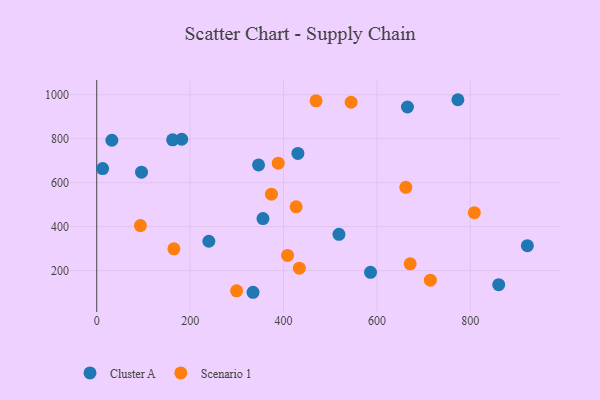
{"axis": {"x": "Distance", "y": "Exam Score"}, "legend": ["Cluster A", "Scenario 1"], "data": [{"x": "860.8", "y": 136.1, "type": "Cluster A"}, {"x": "773.4", "y": 977.4, "type": "Cluster A"}, {"x": "240.1", "y": 333.7, "type": "Cluster A"}, {"x": "665.4", "y": 944.2, "type": "Cluster A"}, {"x": "346.5", "y": 680.9, "type": "Cluster A"}, {"x": "32.4", "y": 793.0, "type": "Cluster A"}, {"x": "518.7", "y": 365.2, "type": "Cluster A"}, {"x": "430.8", "y": 733.3, "type": "Cluster A"}, {"x": "12.6", "y": 664.1, "type": "Cluster A"}, {"x": "586.3", "y": 192.5, "type": "Cluster A"}, {"x": "356.0", "y": 436.7, "type": "Cluster A"}, {"x": "182.0", "y": 797.7, "type": "Cluster A"}, {"x": "162.5", "y": 795.2, "type": "Cluster A"}, {"x": "922.2", "y": 313.7, "type": "Cluster A"}, {"x": "95.9", "y": 647.9, "type": "Cluster A"}, {"x": "334.7", "y": 101.6, "type": "Cluster A"}, {"x": "427.0", "y": 490.1, "type": "Scenario 1"}, {"x": "388.7", "y": 689.0, "type": "Scenario 1"}, {"x": "374.1", "y": 548.0, "type": "Scenario 1"}, {"x": "93.5", "y": 404.8, "type": "Scenario 1"}, {"x": "661.9", "y": 578.9, "type": "Scenario 1"}, {"x": "808.6", "y": 463.6, "type": "Scenario 1"}, {"x": "408.6", "y": 269.0, "type": "Scenario 1"}, {"x": "714.5", "y": 156.6, "type": "Scenario 1"}, {"x": "299.5", "y": 108.4, "type": "Scenario 1"}, {"x": "544.7", "y": 965.9, "type": "Scenario 1"}, {"x": "165.2", "y": 299.1, "type": "Scenario 1"}, {"x": "433.8", "y": 211.3, "type": "Scenario 1"}, {"x": "469.7", "y": 972.3, "type": "Scenario 1"}, {"x": "671.2", "y": 230.9, "type": "Scenario 1"}]}